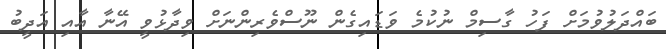
ބައްދަލުވުމަށް ފަހު ގާސިމް ނުކުމެ ވަޑައިގެން ނޫސްވެރިންނަށް ވިދާޅުވީ އޭނާ އާއި އަދީބު